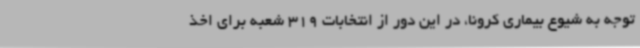
توجه به شیوع بیماری کرونا، در این دور از انتخابات 319 شعبه برای اخذ